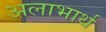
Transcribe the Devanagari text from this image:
अलाभार्थ